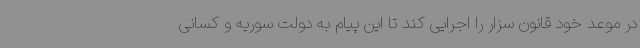
در موعد خود قانون سزار را اجرایی کند تا این پیام به دولت سوریه و کسانی